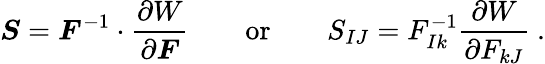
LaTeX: {\boldsymbol{S}}={\boldsymbol{F}}^{-1}\cdot{\frac{\partial W}{\partial{\boldsymbol{F}}}}\qquad{\mathrm{or}}\qquad S_{IJ}=F_{Ik}^{-1}{\frac{\partial W}{\partial F_{kJ}}}~.